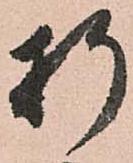
折